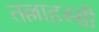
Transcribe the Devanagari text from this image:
तल्लाहस्सी